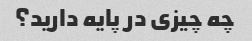
چه چیزی در پایه دارید؟